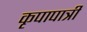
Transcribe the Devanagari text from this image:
कृपापात्री